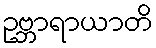
ဥဗ္ဘာရာယာတိ